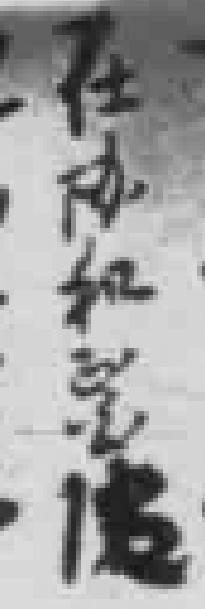
在协和毉